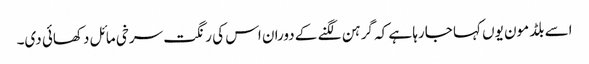
اسے بلڈ مون یوں کہا جارہا ہے کہ گرہن لگنے کے دوران اس کی رنگت سرخی مائل دکھائی دی۔